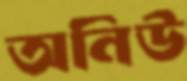
অনিউ